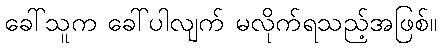
ခေါ်သူက ခေါ်ပါလျက် မလိုက်ရသည့်အဖြစ်။